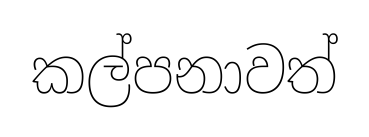
කල්පනාවත්